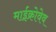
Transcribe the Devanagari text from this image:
माईक्रोवेव